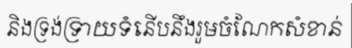
និងទ្រង់ទ្រាយទំនើបនឹងរួមចំណែកសំខាន់